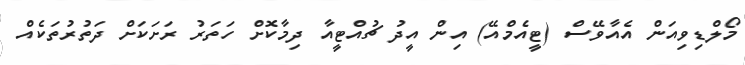
މޯލްޑިވިއަން އެއާވޭސް (ޓީއެމްއޭ) އިން އީދު ޗުއްޓީއާ ދިމާކޮށް ހަތަރު ރަށަކަށް ދަތުރުތަކެއް